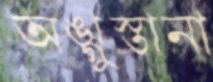
অঙ্গুস্তানা